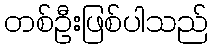
တစ်ဦးဖြစ်ပါသည်